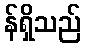
န်ရှိသည်